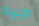
جيد